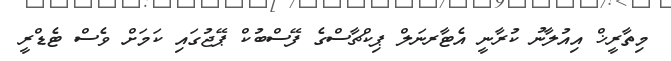
މިތާރީޚް އިއުލާނު ކުރާނީ އެޓާރނަލް ޕިިކްޗާސްގެ ފޭސްބުކް ޕޭޖުގައި ކަމަށް ވެސް ޓެޑްރީ